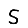
Digit: 5